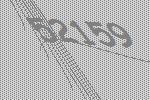
52159